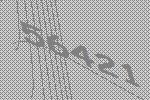
56421